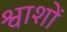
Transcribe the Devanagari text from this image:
श्वाशों